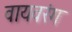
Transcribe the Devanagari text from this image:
वायवरंग